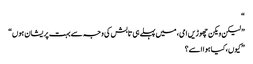
“
” لیکن ویکن چھوڑیں امی، میں پہلے ہی تابش کی وجہ سے بہت پریشان ہوں“
” کیوں، کیا ہوا اسے؟